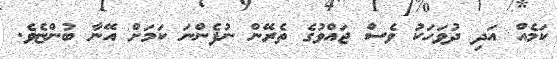
ކަމެއް އަދި ދުވަހަކު ވެސް ޖައްވުގެ ތެރޭން ނުފެންނަ ކަމަށް އޭނާ ބުންޏެވެ.